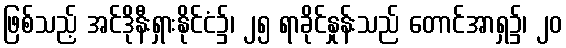
ဖြစ်သည့် အင်ဒိုနီးရှားနိုင်ငံ၌၊ ၂၅ ရာခိုင်နှုန်းသည် တောင်အာရှ၌၊ ၂၀